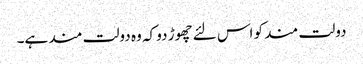
دولت مند کو اس لئے چھوڑ دو کہ وہ دولت مند ہے۔